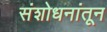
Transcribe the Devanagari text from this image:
संशोधनांतून